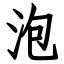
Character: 泡